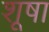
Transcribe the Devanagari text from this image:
शूषा